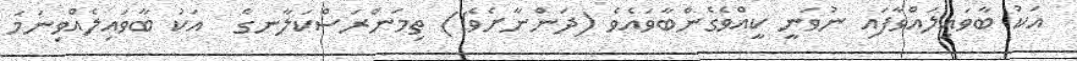
އަކު ބާވައިލައްވާފައި ނުވަނީ ކީއްވެގެންބާވައެވެ (ދަންނާށެވެ!) ތިމަންރަސްކަލާނގެ  އަކު ބާވައިލެއްވިނަމަ